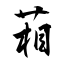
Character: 葙